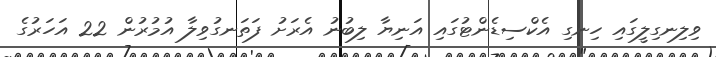
ވިލިނގިލީގައި ހިނގި އެކްސިޑެންޓުގައި އަނިޔާ ލިބުނު އެރަށު ފަތަނގުވިލާ އުމުރުން 22 އަހަރުގެ